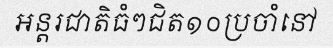
អន្តរជាតិធំៗជិត១០ប្រចាំនៅ